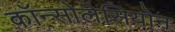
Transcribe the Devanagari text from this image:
कॉन्सोलेसियोन